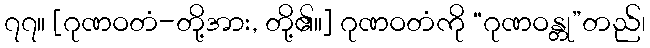
၇၇။ [ဂုဏဝတံ-တို့အား, တို့၏။] ဂုဏဝတံကို “ဂုဏဝန္တု”တည်၊